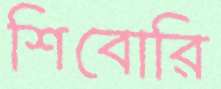
শিবোরি